Vaccination North-Western Provinces 1866-1877 - 1866-1877
Year: 1866
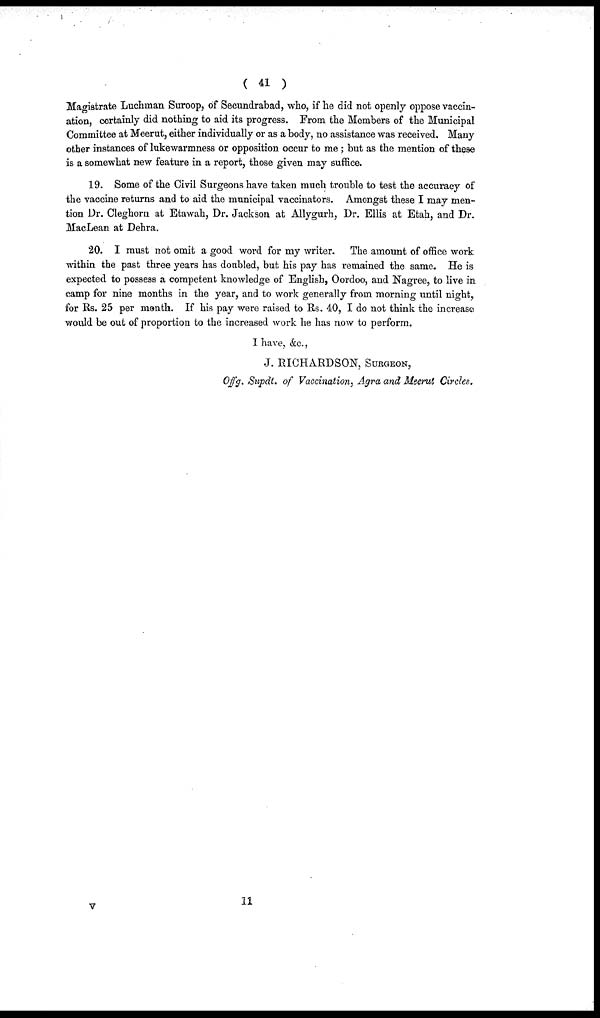
( 41 )
Magistrate Luchman Suroop, of Secundrabad, who, if he did not openly oppose vaccin-
ation, certainly did nothing to aid its progress. From the Members of the Municipal
Committee at Meerut, either individually or as a body, no assistance was received. Many
other instances of lukewarmness or opposition occur to me; but as the mention of these
is a somewhat new feature in a report, those given may suffice.
19. Some of the Civil Surgeons have taken much trouble to test the accuracy of
the vaccine returns and to aid the municipal vaccinators. Amongst these I may men-
tion Dr. Cleghorn at Etawah, Dr. Jackson at Allygurh, Dr. Ellis at Etah, and Dr.
MacLean at Dehra.
20. I must not omit a good word for my writer. The amount of office work
within the past three years has doubled, but his pay has remained the same. He is
expected to possess a competent knowledge of English, Oordoo, and Nagree, to live in
camp for nine months in the year, and to work generally from morning until night,
for Rs. 25 per month. If his pay were raised to Rs. 40, I do not think the increase
would be out of proportion to the increased work he has now to perform.
I have, &c.,
J. RICHARDSON, SURGEON,
Offg. Supdt. of Vaccination, Agra and Meerut Circles.